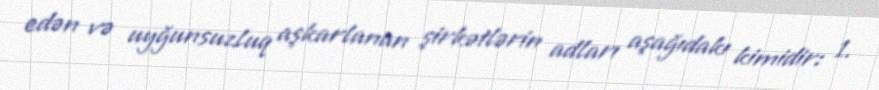
edən və uyğunsuzluq aşkarlanan şirkətlərin adları aşağıdakı kimidir: 1.